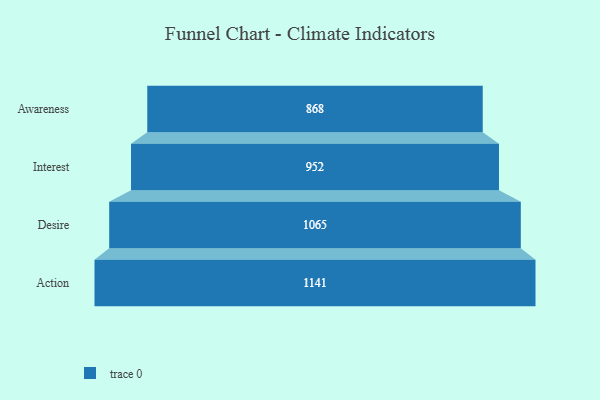
{"axis": {"x": "Stage", "y": "Value"}, "legend": [""], "data": [{"x": "Awareness", "y": 868.0, "type": ""}, {"x": "Interest", "y": 952.0, "type": ""}, {"x": "Desire", "y": 1065.0, "type": ""}, {"x": "Action", "y": 1141.0, "type": ""}]}